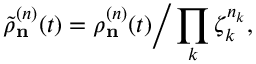
\tilde { \rho } _ { \bf n } ^ { ( n ) } ( t ) = \rho _ { \bf n } ^ { ( n ) } ( t ) \Big / \prod _ { k } \zeta _ { k } ^ { n _ { k } } ,